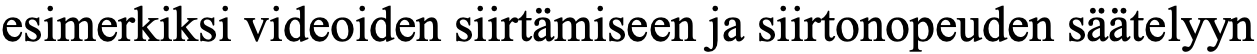
esimerkiksi videoiden siirtämiseen ja siirtonopeuden säätelyyn